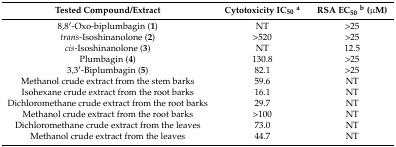
<table><thead><tr><td><b>Tested Compound/Extract</b></td><td><b>Cytotoxicity IC<sub>50</sub><sup>a</sup></b></td><td><b>RSA EC<sub>50</sub><sup>b</sup> (μM)</b></td></tr></thead><tbody><tr><td>8,8′-Oxo-biplumbagin (<b>1</b>)</td><td>NT</td><td>&gt;25</td></tr><tr><td><i>trans</i>-Isoshinanolone (<b>2</b>)</td><td>&gt;520</td><td>&gt;25</td></tr><tr><td><i>cis</i>-Isoshinanolone (<b>3</b>)</td><td>NT</td><td>12.5</td></tr><tr><td>Plumbagin (<b>4</b>)</td><td>130.8</td><td>&gt;25</td></tr><tr><td>3,3′-Biplumbagin (<b>5</b>)</td><td>82.1</td><td>&gt;25</td></tr><tr><td>Methanol crude extract from the stem barks</td><td>59.6</td><td>NT</td></tr><tr><td>Isohexane crude extract from the root barks</td><td>16.1</td><td>NT</td></tr><tr><td>Dichloromethane crude extract from the root barks</td><td>29.7</td><td>NT</td></tr><tr><td>Methanol crude extract from the root barks</td><td>&gt;100</td><td>NT</td></tr><tr><td>Dichloromethane crude extract from the leaves</td><td>73.0</td><td>NT</td></tr><tr><td>Methanol crude extract from the leaves</td><td>44.7</td><td>NT</td></tr></tbody></table>